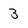
Character: 3